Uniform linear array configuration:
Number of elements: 32
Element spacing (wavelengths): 0.25
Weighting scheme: binomial
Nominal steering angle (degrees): -60
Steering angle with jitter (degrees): -61.391
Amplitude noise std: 0.05
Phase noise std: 0.05

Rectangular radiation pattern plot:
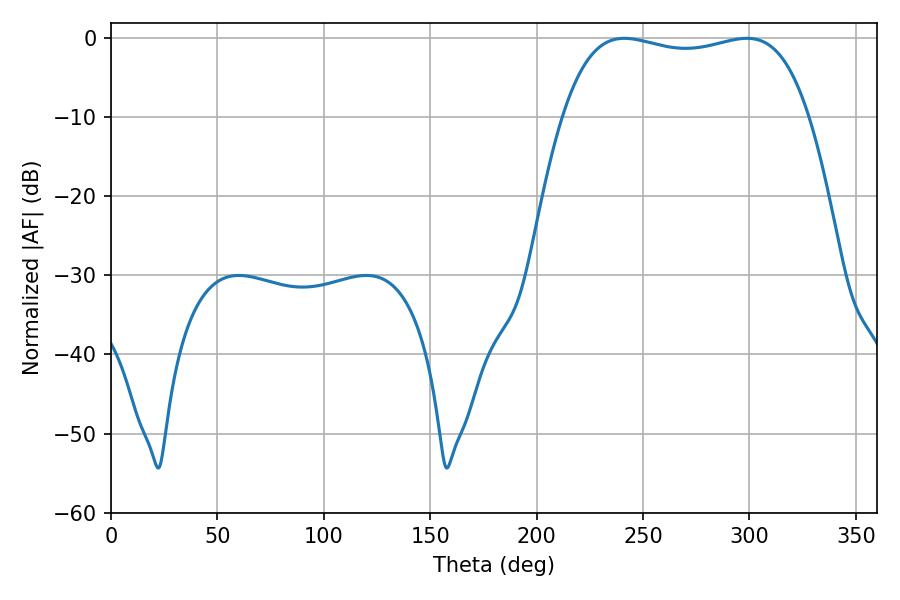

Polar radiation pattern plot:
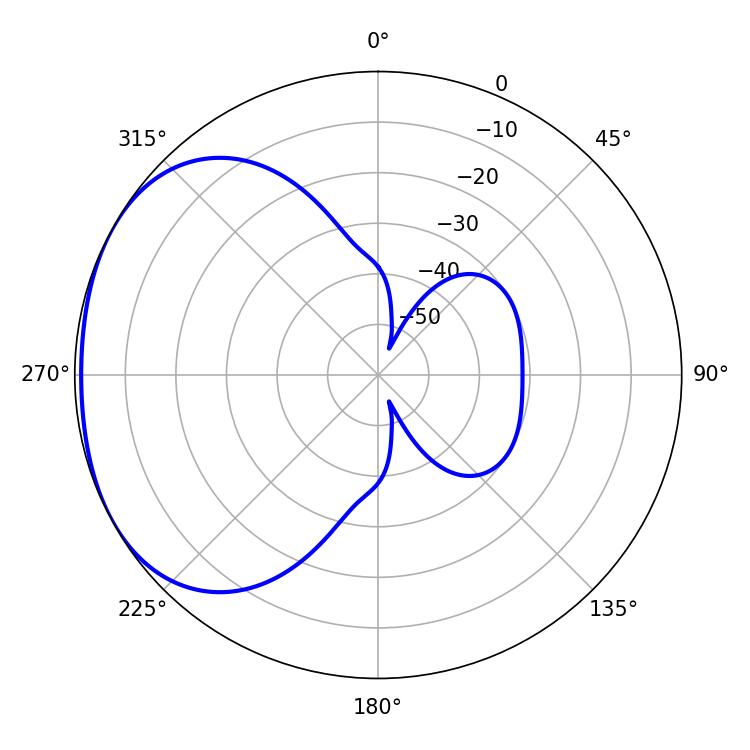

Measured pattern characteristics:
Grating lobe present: FALSE
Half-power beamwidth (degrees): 93.24
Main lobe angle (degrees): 241.2